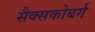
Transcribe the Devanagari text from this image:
सैक्सकोबर्ग